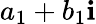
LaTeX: a_{1}+b_{1}\mathbf{i}